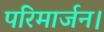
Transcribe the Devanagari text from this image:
परिमार्जन।